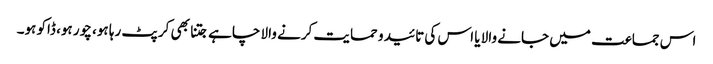
اس جماعت میں جانے والا یا اس کی تائید و حمایت کرنے والا چاہے جتنا بھی کرپٹ رہا ہو، چور ہو، ڈاکو ہو۔